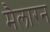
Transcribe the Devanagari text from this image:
मैलारन